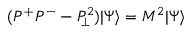
( P ^ { + } P ^ { - } - P _ { \! \perp } ^ { 2 } ) \vert \Psi \rangle = M ^ { 2 } \vert \Psi \rangle